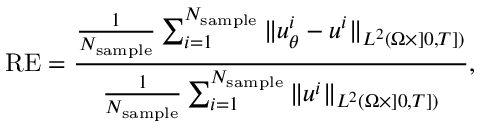
\mathrm { R E } = \frac { \frac { 1 } { N _ { \mathrm { s a m p l e } } } \sum _ { i = 1 } ^ { N _ { \mathrm { s a m p l e } } } \Vert u _ { \theta } ^ { i } - u ^ { i } \Vert _ { L ^ { 2 } ( \Omega \times ] 0 , T ] ) } } { \frac { 1 } { N _ { \mathrm { s a m p l e } } } \sum _ { i = 1 } ^ { N _ { \mathrm { s a m p l e } } } \Vert u ^ { i } \Vert _ { L ^ { 2 } ( \Omega \times ] 0 , T ] ) } } ,